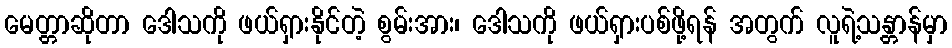
မေတ္တာဆိုတာ ဒေါသကို ဖယ်ရှားနိုင်တဲ့ စွမ်းအား၊ ဒေါသကို ဖယ်ရှားပစ်ဖို့ရန် အတွက် လူရဲ့သန္တာန်မှာ